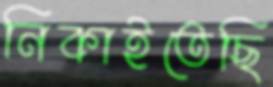
নিকাইতেছি